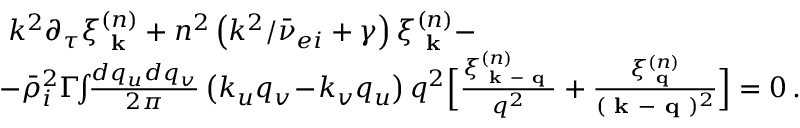
\begin{array} { r l } & { k ^ { 2 } \partial _ { \tau } \xi _ { \textbf { k } } ^ { ( n ) } + n ^ { 2 } \left( k ^ { 2 } / \bar { \nu } _ { e i } + \gamma \right) \xi _ { \textbf { k } } ^ { ( n ) } - } \\ & { \! \! - \bar { \rho } _ { i } ^ { 2 } \Gamma \! \! \int \! \! \frac { d q _ { u } d q _ { v } } { 2 \pi } \left( k _ { u } q _ { v } \! - \! k _ { v } q _ { u } \right) q ^ { 2 } \Big [ \frac { \xi _ { \textbf { k } - \textbf { q } } ^ { ( n ) } } { q ^ { 2 } } + \frac { \xi _ { \textbf { q } } ^ { ( n ) } } { ( \textbf { k } - \textbf { q } ) ^ { 2 } } \Big ] = 0 \, . } \end{array}